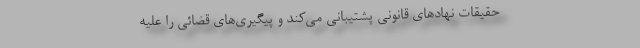
حقیقات نهادهای قانونی پشتیبانی می‌کند و پیگیری‌های قضائی را علیه